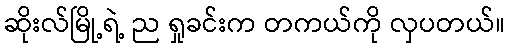
ဆိုးလ်မြို့ရဲ့ ည ရှုခင်းက တကယ်ကို လှပတယ်။